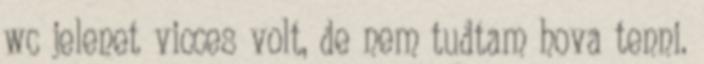
wc jelenet vicces volt, de nem tudtam hova tenni.